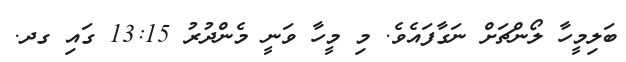
ބަލިމީހާ ލޯންޗަށް ނަގާފައެވެ. މި މީހާ ވަނީ މެންދުރު 13:15 ގައި ގދ.